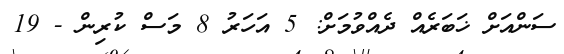
ސަންއަށް ޚަބަރެއް ދެއްވުމަށް: 5 އަހަރު 8 މަސް ކުރިން - 19